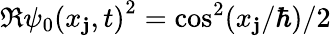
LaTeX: \Re{\psi_{0}(x_{\mathbf{j}},t)}^{2}=\cos^{2}(x_{\mathbf{j}}/\hbar)/2